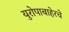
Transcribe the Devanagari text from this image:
युरोपाबाहेरचे